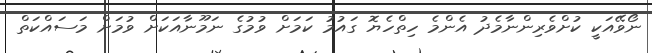
ނޯވޭއަކީ ކުށްވެރިންނާމެދު އެންމެ ހިތްހެޔޮ ގައުމު ކަމަށް ވުމުގެ ނަމޫނާއަކަށް ވުމަށް މަސައްކަތް